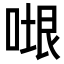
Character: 𭈷